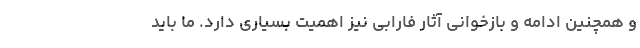
و همچنین ادامه و بازخوانی آثار فارابی نیز اهمیت بسیاری دارد. ما باید